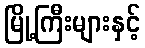
မြို့ကြီးများနှင့်